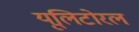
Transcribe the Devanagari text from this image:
यूलिटोरल